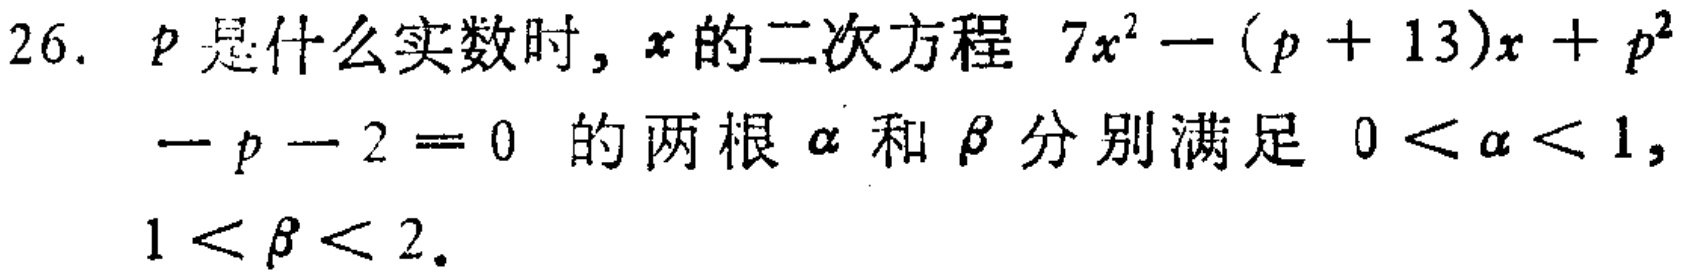
26. \(p\)是什么实数时，\(x\)的二次方程 \(7x^{2}-(p + 13)x + p^{2}-p - 2 = 0\) 的两根\(\alpha\)和\(\beta\)分别满足 \(0 < \alpha < 1\)，\(1 < \beta < 2\)。